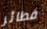
فطائر